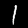
Digit: 1